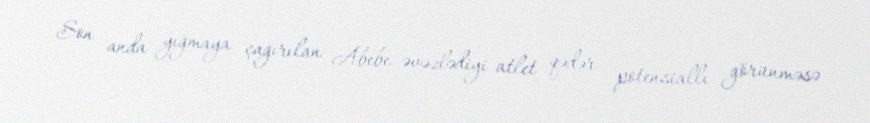
Son anda yığmaya çağırılan Abebe əvəzlədiyi atlet qədər potensiallı görünməsə